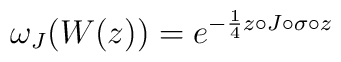
{\omega}_{J}(W(z)) = {e}^{-{\frac 1 4} z\circ J\circ\sigma\circ z}